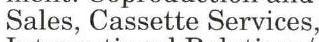
Sales, Cassette Services,